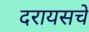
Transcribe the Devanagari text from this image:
दरायसचे